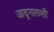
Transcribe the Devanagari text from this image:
जादूगाराशी